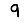
Digit: 9